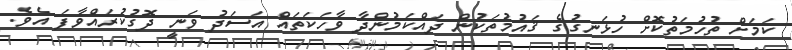
ކަމަށް ތުހުމަތުކޮށް ހުޅަނގުގެ ޤައުމުތަކުން ދައްކަމުންދާ ވާހަކަތައް އަސަދު ވަނީ ދޮގުކުރައްވާފަ އެވެ.